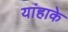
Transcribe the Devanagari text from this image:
यांहाके